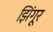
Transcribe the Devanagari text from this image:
झिंगूर